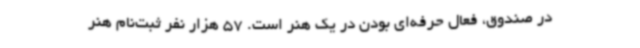
در صندوق، فعال حرفه‌ای بودن در یک هنر است‌. 57 هزار نفر ثبت‌نام هنر